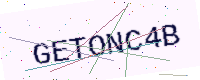
Text: GETONC4B